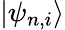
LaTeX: \vert\psi_{n,i}\rangle